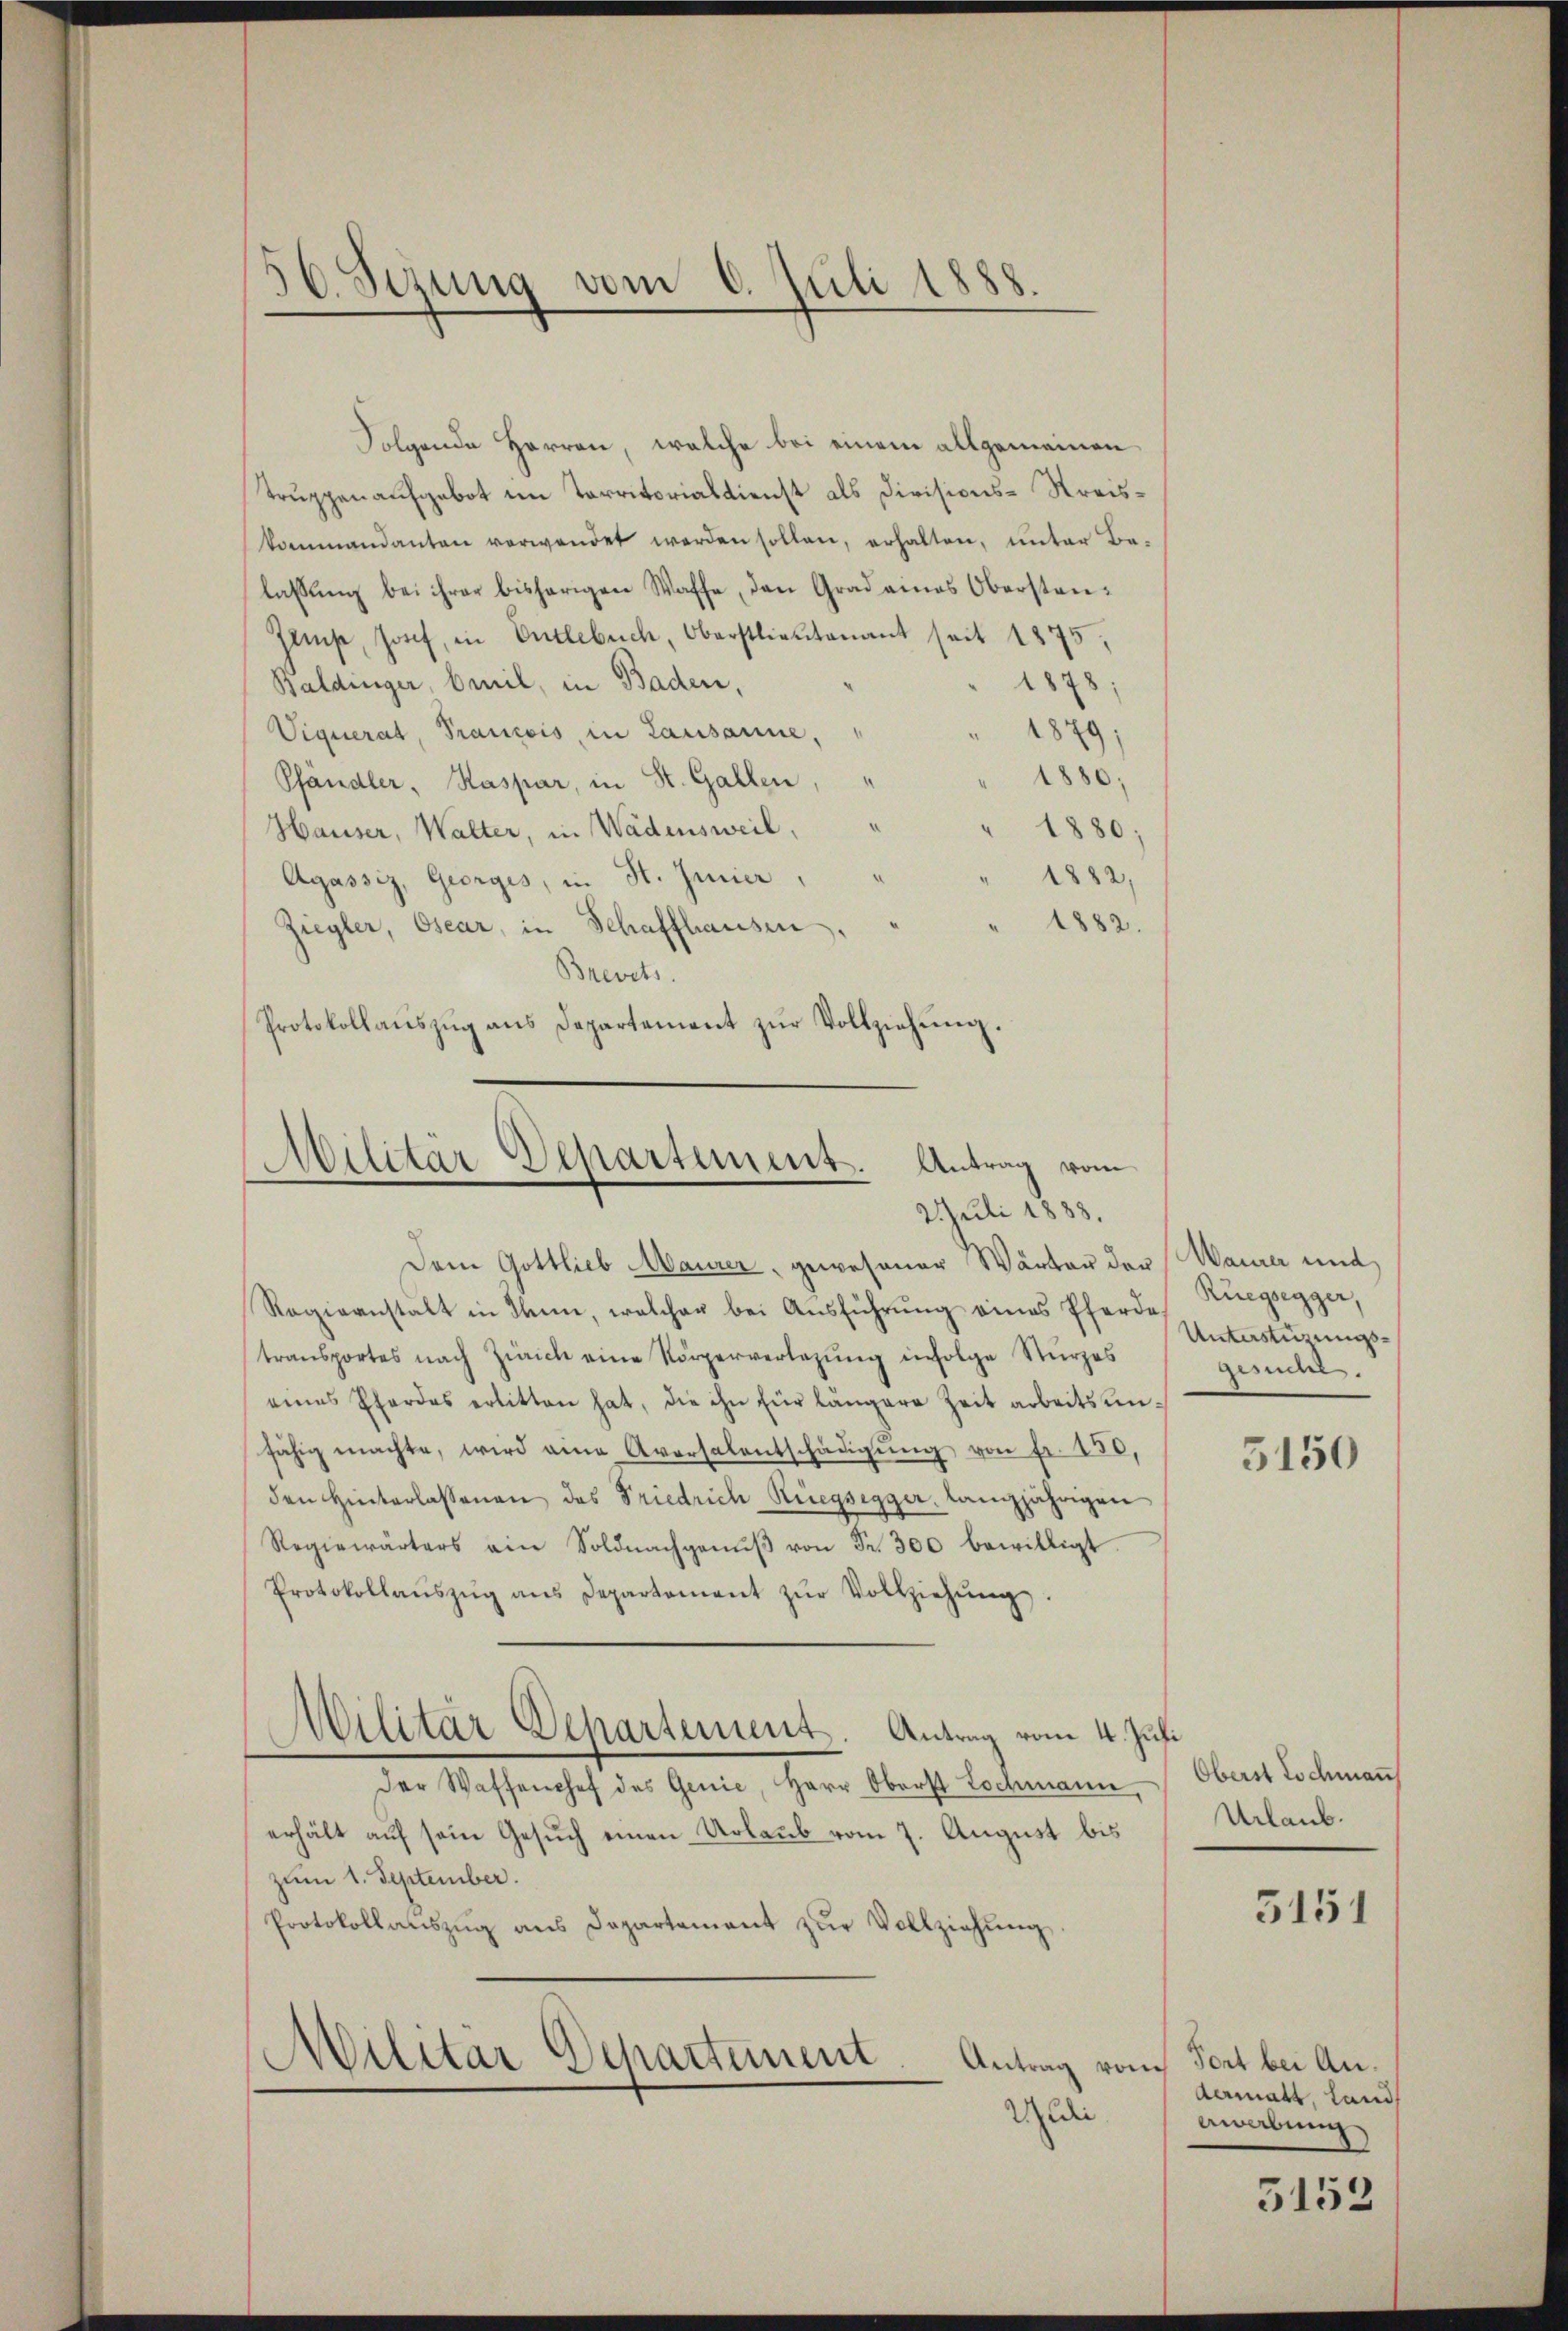
56. Sizung vom 6. Juli 1888.

Folgende Herren, welche bei einem allgemeinen
Truppen aufgebot im Territorialdienst als Divisions-Kreiskommandanten verwendet werden sollen, erhalten, unter Be-
lassŭng bei ihrer bisherigen Waffe, den Grad eines Oberstan¬
Gamp, Josef, in Entlebuch, Oberstlieutenant seit 1875,
Baldinger, beil, in Baden,
1878;
Viquerat, Prancois, in Lausanne,
1879;
1880;
Pfändler, Kaspar, in St. Gallen,
Hauser, Walter, in Wädensweil,
1880;
1882.
Agassiz, Georges, in St. Jenier,
1882.
Ziegler, Osear, in Schaffhausen
Brevets.
Protokollaŭszŭg ans Departement zŭr Vollziehŭng.

Militär Departement. Antrag vom
.
2 Juli 1883.

Dem Gottlieb Maurer, gewesener Wärter der Waurer und
Regiernstalt in Thun, welcher bei Ausführung eines Pferde
transportes nach Zürich eine Körperverlegŭng infolge Sturzes
eines Pferdes erlitten hat, die ihn für längere Zeit arbeitsunfähig machte, wird am Aversalentschädigŭng von Fr. 150,
den Hinterlassenen des Friedrich Rüegsegger, langjährigen
Regiewärters ein Soldnachgenŭβ von Fr. 300 bewilligt.
Protokollaŭszŭg ans Departement zŭr Vollziehŭng.
Militär Departement. Antrag vom 4. Juli
der Waffenchef des Genie, Herr Oberst Lochmann,
erhält auf sein Gesuch einen Urlaub vom 7. August bis
zum 1. September.
Protokollanszŭg ans Departement zŭr Vollziehŭng
Militar Departement
Antrag vom
Uhldie

Rüegsegger,
Unterstüzungsgesuche.

3150

Oberst Lochman
Urlaub.
3151

Fort bei An¬
Aermatt, Land
bwabung

3152